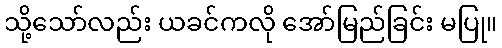
သို့သော်လည်း ယခင်ကလို အော်မြည်ခြင်း မပြု။